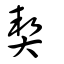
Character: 契